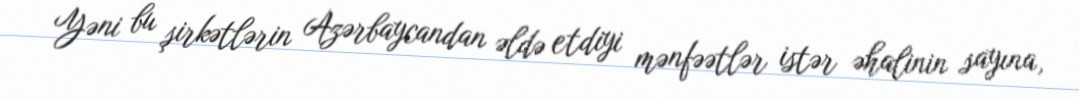
Yəni bu şirkətlərin Azərbaycandan əldə etdiyi mənfəətlər istər əhalinin sayına,